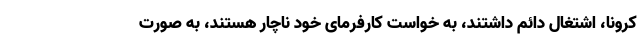
کرونا، اشتغال دائم داشتند، به خواست کارفرمای خود ناچار هستند، به صورت